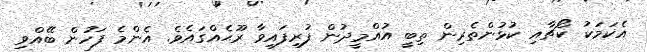
އެކަމަކު ކޯޗާއި ކުޅުންތެރިން ތިބީ އުއްމީދުން ފުރިފައިވާ ރޫޙެއްގައެވެ. އެންމެ ފަހުން ބޭއްވި